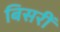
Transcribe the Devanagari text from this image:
बिसरीं